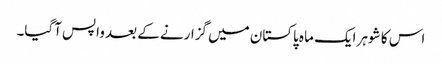
اس کا شوہر ایک ماہ پاکستان میں گزارنے کے بعد واپس آگیا۔